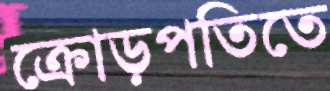
ক্রোড়পতিতে